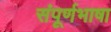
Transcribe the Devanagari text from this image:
संपूर्णभाषा